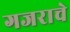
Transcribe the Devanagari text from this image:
गजराचे